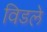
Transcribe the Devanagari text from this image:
विडले